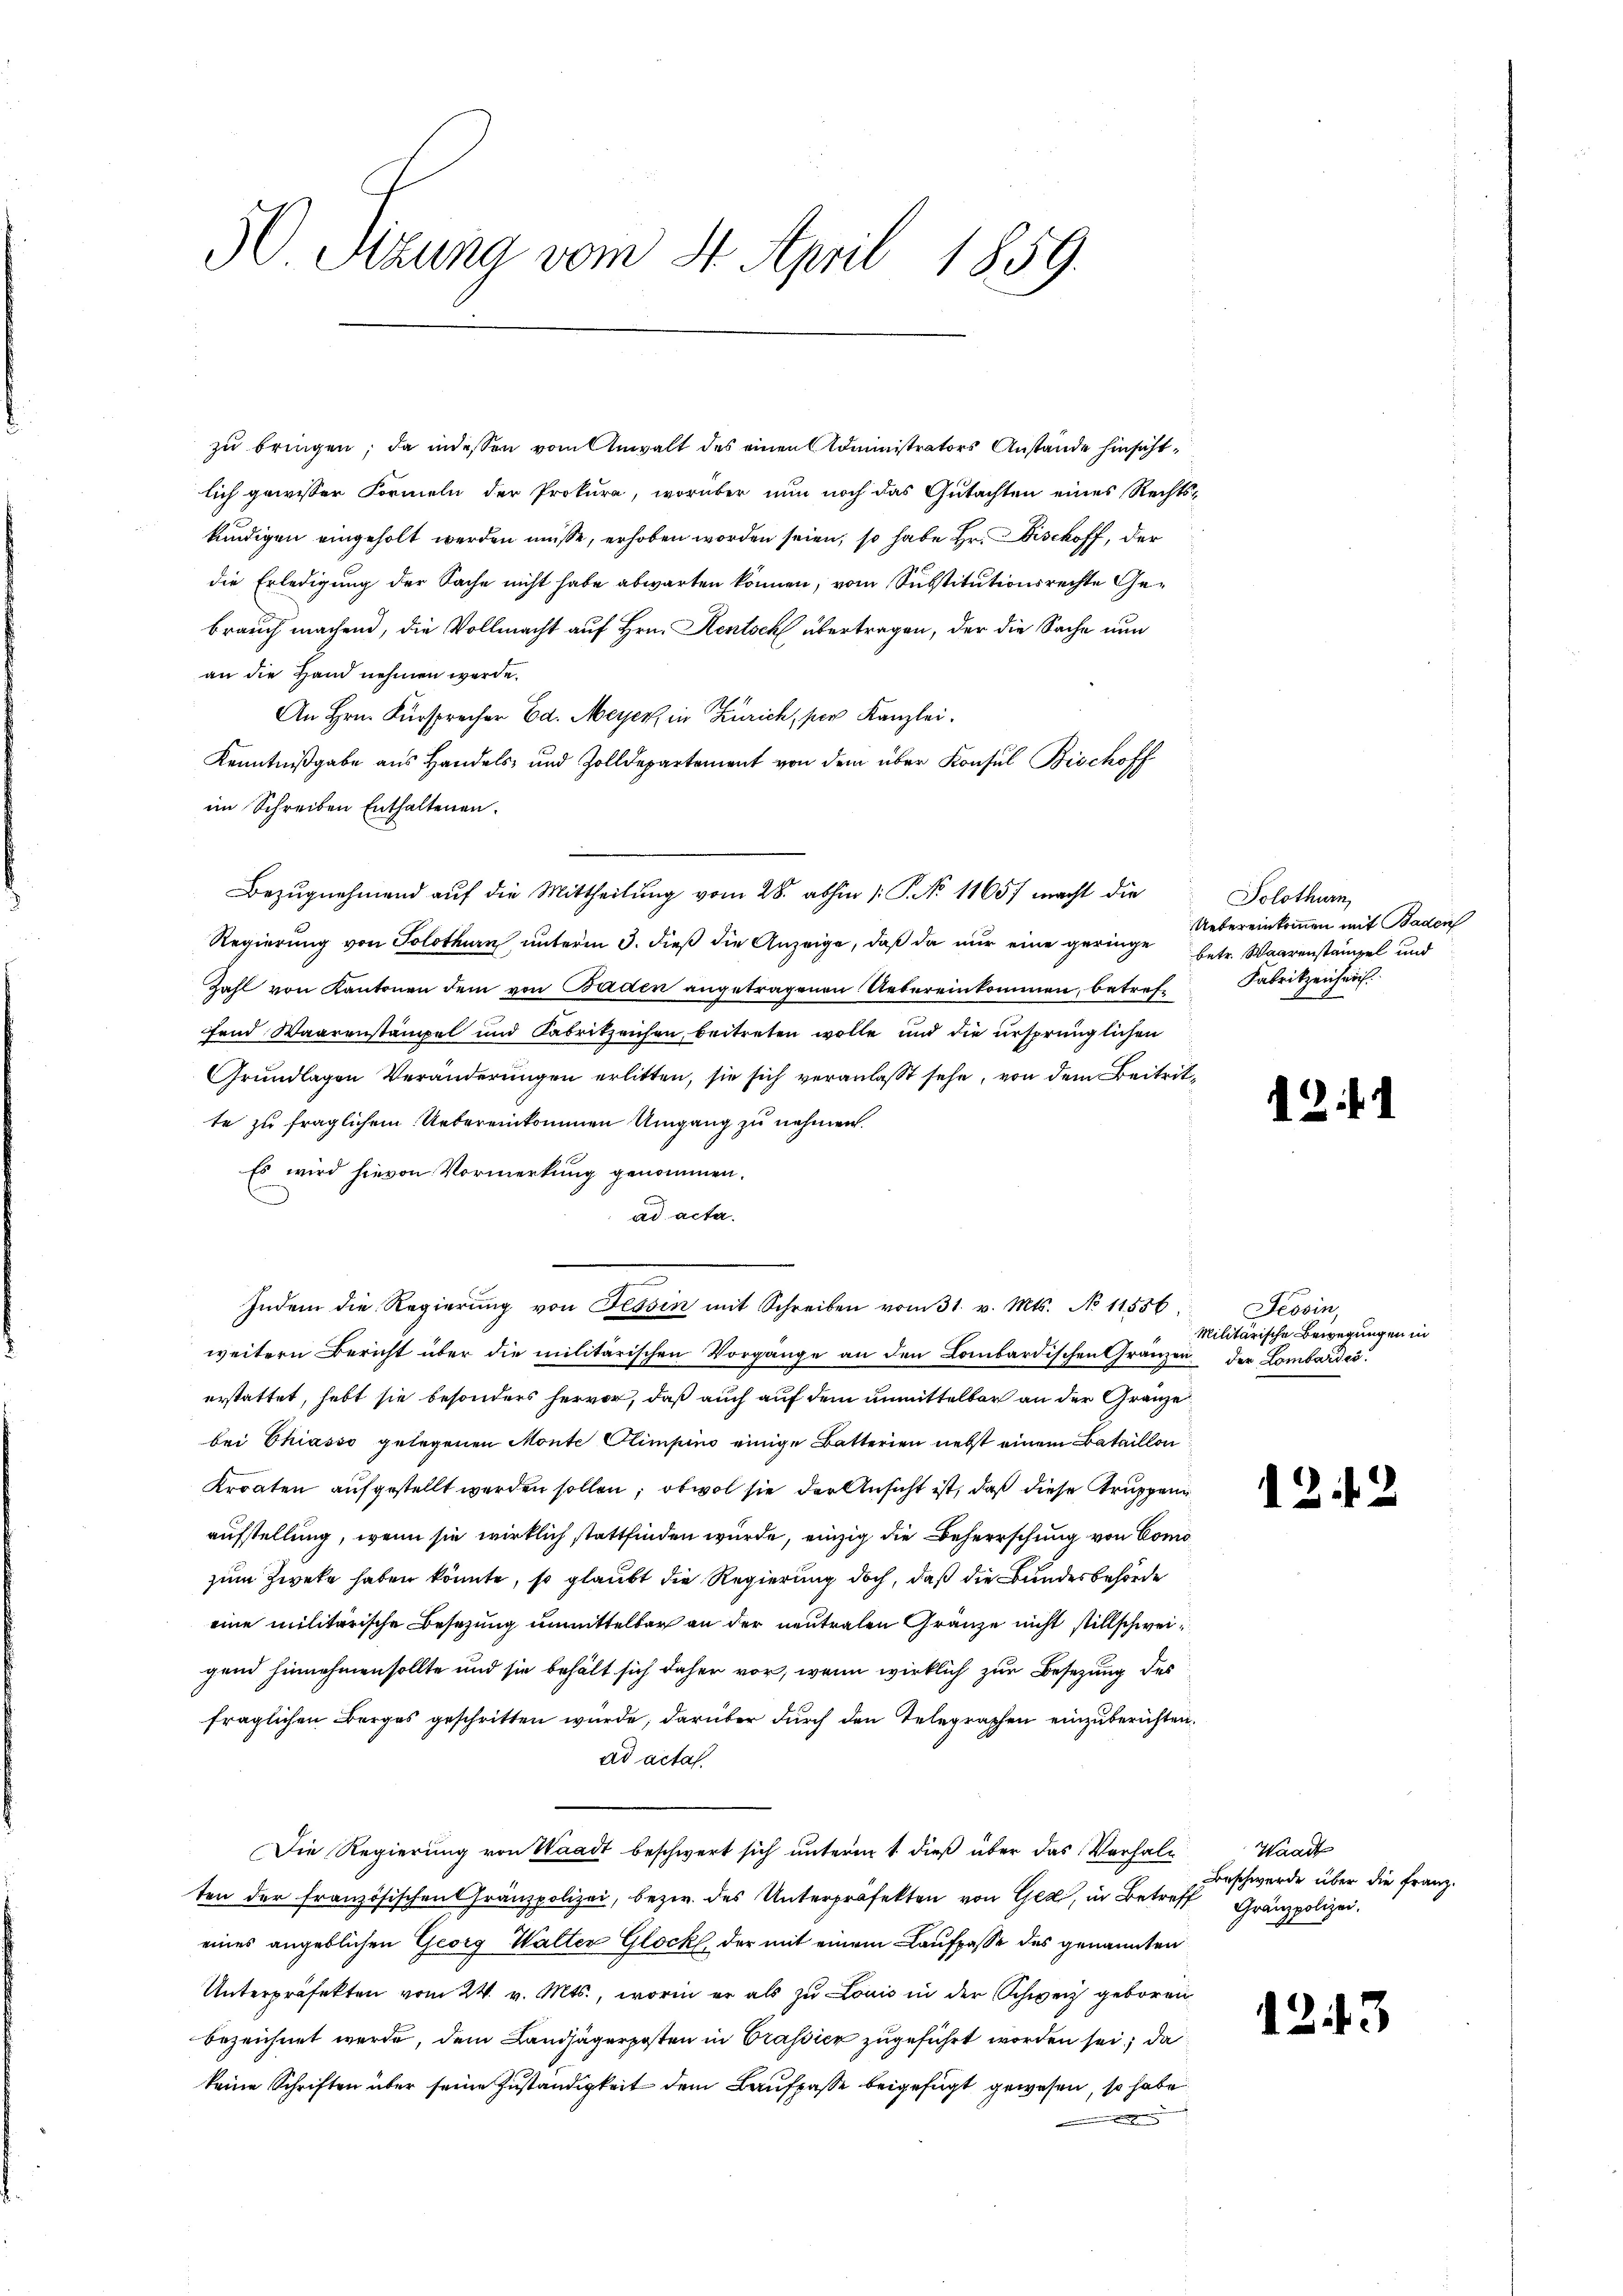
50 Tizuna vom 14. April 1859.

zu bringen; da indessen vom Anwalt des einen Administrators Anstände hinsichtlich gewisser Formeln der Prokura, worüber nun noch das Gutachten eines Rechtskündigen eingeholt werden müsse, erhoben worden seien, so habe Hr. Fischoff, der
die Erledigung der Sache nicht habe abwarten können, vom Substitutionsrechte Gebrauch machend, die Vollmacht auf Hrn. Rentsch übertragen, der die Sache nun
an die Hand nehmen werde.
An Hrn. Fürsprecher Ed. Meyer, in Zürich, per Kanzlei.
Kenntnißgabe aus Handels- und Zolldepartement von dem über Konsul Bischoff
im Schreiben Enthaltenen.
Bezugnehmend auf die Mittheilung vom 28. abhin /: P. No 11657 macht die
Regierung von Solothurn unterm 3. dieß die Anzeige, daß da nur eine geringe
Zahl von Kantonen dem von Baden angetragenen Uebereinkommen, betref-Fabritzenhei
fend Waarenstämpel und Fabrikzeichen, beitreten wolle und die ursprünglichen
Grundlagen Veränderungen erlitten, sie sich veranlasst sehe, von dem Beitritte zu fraglichem Uebereinkommen Umgang zu nehmen.
Es wird hievon Vormerkung genommen.
ad acta.
.
Indem die Regierung von Tessin mit Schreiben vom 31. v. Mts. No 11556
weitern Bericht über die militärischen Vorgange an den Lombardischen Gränzen der Lombardes
erstattet, hebt sie besonders hervor, daß auch auf dem unmittelbar an der Gränze
bei Chiasso gelegenen Monte Climpino einige Batterien nebst einem Bataillon
Kroaten aufgestellt werden sollen; obwol sie der Ansicht ist, daß diese Truppeng
aufstellung, wenn sie wirklich stattfinden würde, einzig die Beherrschung von Comozum Zweke haben könnte, so glaubt die Regierung doch, daß die Bundesbehörde
eine militärische Besezung unmittelbar an der neutralen Gränze nicht stillschweigend hinnehmen sollte und sie behält sich daher vor, wenn wirklich zur Besetzung des
fraglichen Berges geschritten würde, darüber durch den Telegraphen einzuberichten.
ad acta
Die Regierung von Waadt beschwert sich unterm 1. dieß über das Verhalten der französischen Gränzpolizei, bezw. des Unterpräfekten von Ged, in Betreff Granzpolizei.
eines angeblichen Georg Walter Glock, der mit einem Laufpasse des genannten
Unterpräfekten vom 24. v. Mts., worin er als zu Louis in der Schweiz geboren
bezeichnet werde, dem Landjägerposten in Trassier zugeführt worden sei; da
keine Schriften über seine Zuständigkeit dem Laufpasse beigefügt gewesen, so habe

Solothurn
Uebereinkommen mit Baden
betr. Waarenstanzel und

42.

Tessin,
Militärische Bewegungen in

12.

Waadt
Beschwerde über die Franz.

2

d

s